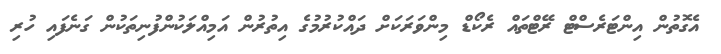
އެގޮތުން އިންޓަރެސްޓް ރޭޓްތައް ރެކޯޑް މިންވަރަކަށް ދައްކުރުމުގެ އިތުރުން އަމިއްލަކުންފުނިތަކުން ގަނެފައި ހުރި